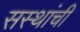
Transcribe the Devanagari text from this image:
सस्थांची